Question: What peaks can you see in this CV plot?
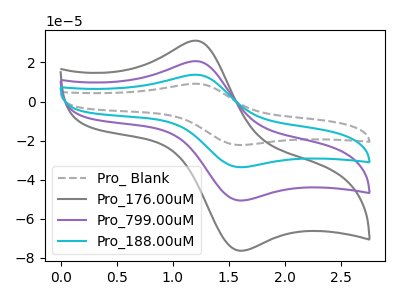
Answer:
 <answer>The gray dashed curve "Pro_ Blank" has an anodic peak at (1.20V, 62.05uA) and a cathodic peak at (1.60V, -152.25uA). The gray curve "Pro_176.00uM" has an anodic peak at (1.20V, 31.15uA) and a cathodic peak at (1.60V, -76.50uA). The purple curve "Pro_799.00uM" has an anodic peak at (1.20V, 20.70uA) and a cathodic peak at (1.60V, -50.75uA). The cyan curve "Pro_188.00uM" has an anodic peak at (1.20V, 41.35uA) and a cathodic peak at (1.60V, -101.50uA).</answer>
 <eval></eval>